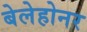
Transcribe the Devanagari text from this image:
बेलेहोनर